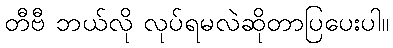
တီဗီ ဘယ်လို လုပ်ရမလဲဆိုတာပြပေးပါ။